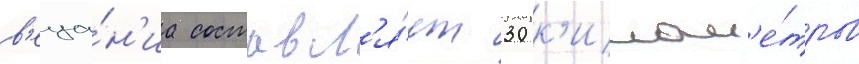
в'еща́н'иа составл'я́ет 30 к'илом'е́тров